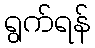
ရွက်ရန်